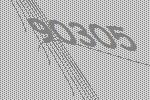
90305